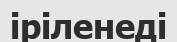
іріленеді